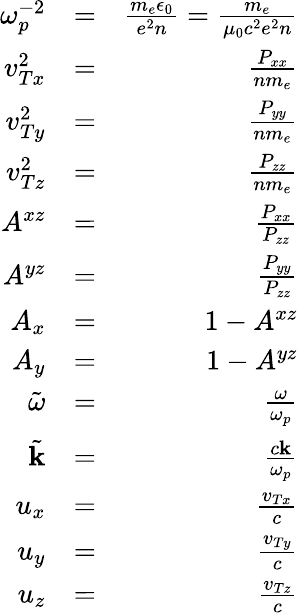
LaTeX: \begin{array}{rlr}{\omega_{p}^{-2}}&{=}&{{\frac{m_{e}\epsilon_{0}}{e^{2}n}}={\frac{m_{e}}{\mu_{0}c^{2}e^{2}n}}}\\ {v_{Tx}^{2}}&{=}&{{\frac{P_{xx}}{nm_{e}}}}\\ {v_{Ty}^{2}}&{=}&{{\frac{P_{yy}}{nm_{e}}}}\\ {v_{Tz}^{2}}&{=}&{{\frac{P_{zz}}{nm_{e}}}}\\ {A^{xz}}&{=}&{\frac{P_{xx}}{P_{zz}}}\\ {A^{yz}}&{=}&{\frac{P_{yy}}{P_{zz}}}\\ {A_{x}}&{=}&{1-A^{xz}}\\ {A_{y}}&{=}&{1-A^{yz}}\\ {\tilde{\omega}}&{=}&{\frac{\omega}{\omega_{p}}}\\ {\tilde{\mathbf k}}&{=}&{\frac{c\mathbf k}{\omega_{p}}}\\ {u_{x}}&{=}&{\frac{v_{Tx}}{c}}\\ {u_{y}}&{=}&{\frac{v_{Ty}}{c}}\\ {u_{z}}&{=}&{\frac{v_{Tz}}{c}}\end{array}